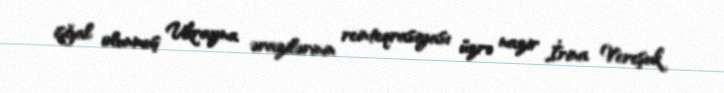
işğal olunmuş Ukrayna ərazilərinin reinteqrasiyası üzrə nazir İrina Vereşuk